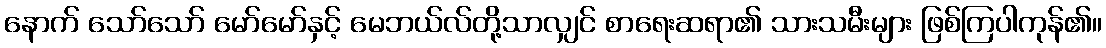
နောက် သော်သော် မော်မော်နှင့် မေဘယ်လ်တို့သာလျှင် စာရေးဆရာ၏ သားသမီးများ ဖြစ်ကြပါကုန်၏။